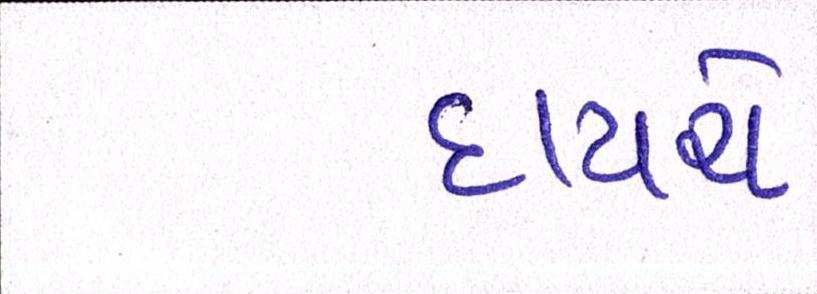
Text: દાયચે